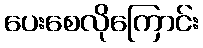
ပေးစေလိုကြောင်း